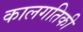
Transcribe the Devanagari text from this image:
कालगतिकी